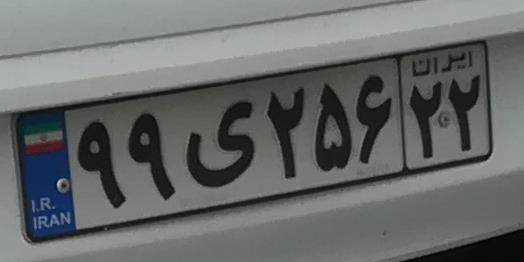
۹۹ی۲۵۶۲۲